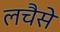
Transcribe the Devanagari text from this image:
लचैसे